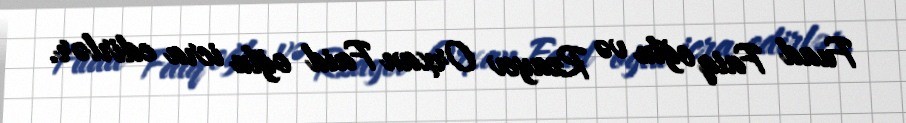
Fuad Faiq oğlu və Rzayev Orxan Faid oğlu icra edirlər.